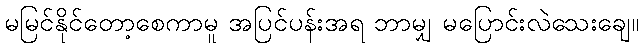
မမြင်နိုင်တော့စေကာမူ အပြင်ပန်းအရ ဘာမျှ မပြောင်းလဲသေးချေ။